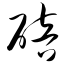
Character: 碚